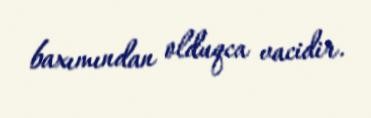
baxımından olduqca vacidir.